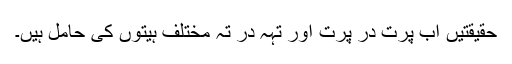
حقیقتیں اب پرت در پرت اور تہہ در تہ مختلف ہیتوں کی حامل ہیں۔